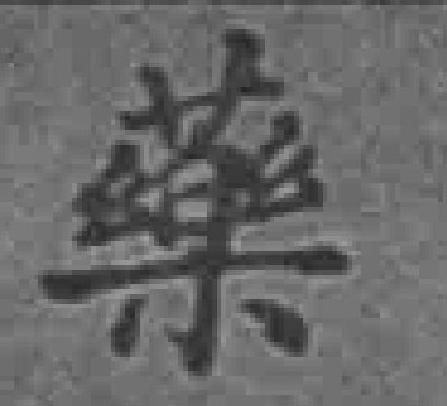
藥